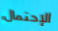
الإحتمال